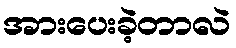
အားပေးခဲ့တာလဲ